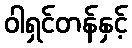
ဝါရှင်တန်နှင့်